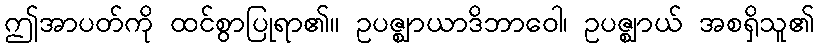
ဤအာပတ်ကို ထင်စွာပြုရာ၏။ ဥပဇ္ဈာယာဒိဘာဝေါ၊ ဥပဇ္ဈာယ် အစရှိသူ၏